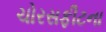
ચોરસફીટના